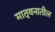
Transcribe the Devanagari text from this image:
मातृवनातील